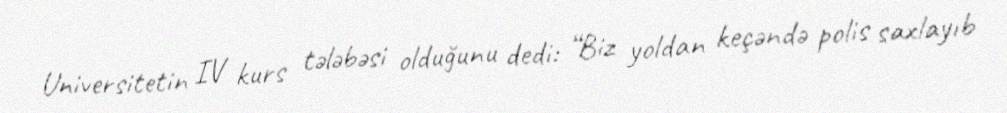
Universitetin IV kurs tələbəsi olduğunu dedi: “Biz yoldan keçəndə polis saxlayıb